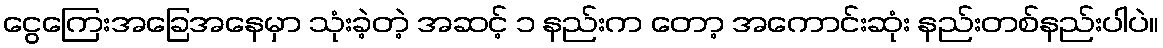
ငွေကြေးအခြေအနေမှာ သုံးခဲ့တဲ့ အဆင့် ၁ နည်းက တော့ အကောင်းဆုံး နည်းတစ်နည်းပါပဲ။